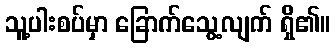
သူ့ပါးစပ်မှာ ခြောက်သွေ့လျက် ရှိ၏။